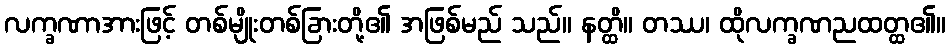
လက္ခဏာအားဖြင့် တစ်မျိုးတစ်ခြားတို့၏ အဖြစ်မည် သည်။ နတ္ထိ။ တဿ၊ ထိုလက္ခဏညထတ္ထ၏။